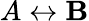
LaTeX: A\leftrightarrow\mathbf{B}